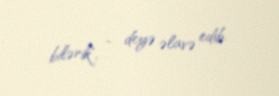
bilərik", - deyə əlavə edib.